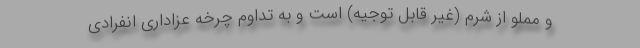
و مملو از شرم (غیر قابل توجیه) است و به تداوم چرخه عزاداری انفرادی